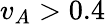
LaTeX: v_{A}>0.4